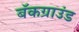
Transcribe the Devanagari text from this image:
बॅकग्राउंड